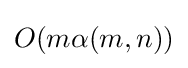
O(m\alpha (m,n))